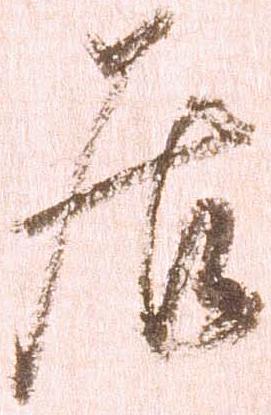
居